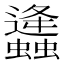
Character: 𧔧